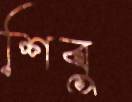
শিবু